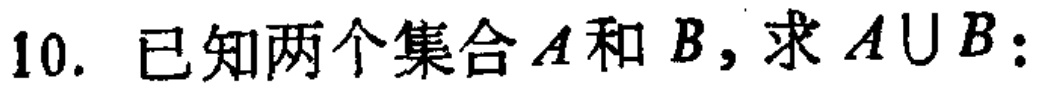
10. 已知两个集合\(A\)和\(B\)，求\(A\cup B\)：